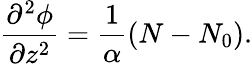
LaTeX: \frac{\partial^{2}\phi}{\partial z^{2}}=\frac{1}{\alpha}(N-N_{0}).